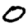
Digit: 0